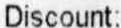
DISCOUNT: